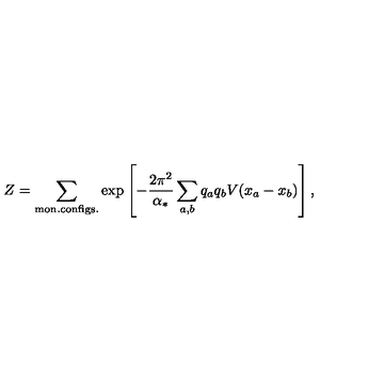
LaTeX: Z = \sum _ { \mathrm { m o n . c o n f i g s . } } \exp \left[ - \frac { 2 \pi ^ { 2 } } { \alpha _ { * } } \sum _ { a , b } q _ { a } q _ { b } V ( x _ { a } - x _ { b } ) \right] ,